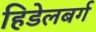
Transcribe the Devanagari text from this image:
हिडेलबर्ग